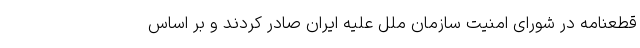
قطعنامه در شورای امنیت سازمان ملل علیه ایران صادر کردند و بر اساس